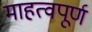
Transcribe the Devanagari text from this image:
माहत्वपूर्ण